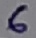
Text: 6